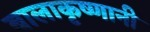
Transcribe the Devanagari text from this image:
बालाकृष्णानी